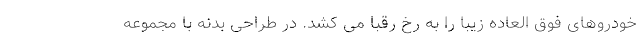
خودروهای فوق العاده زیبا را به رخ رقبا می کشد. در طراحی بدنه با مجموعه